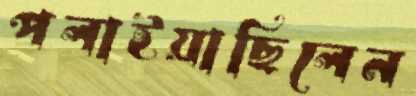
পলাইয়াছিলেন